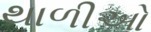
થાળીઓ